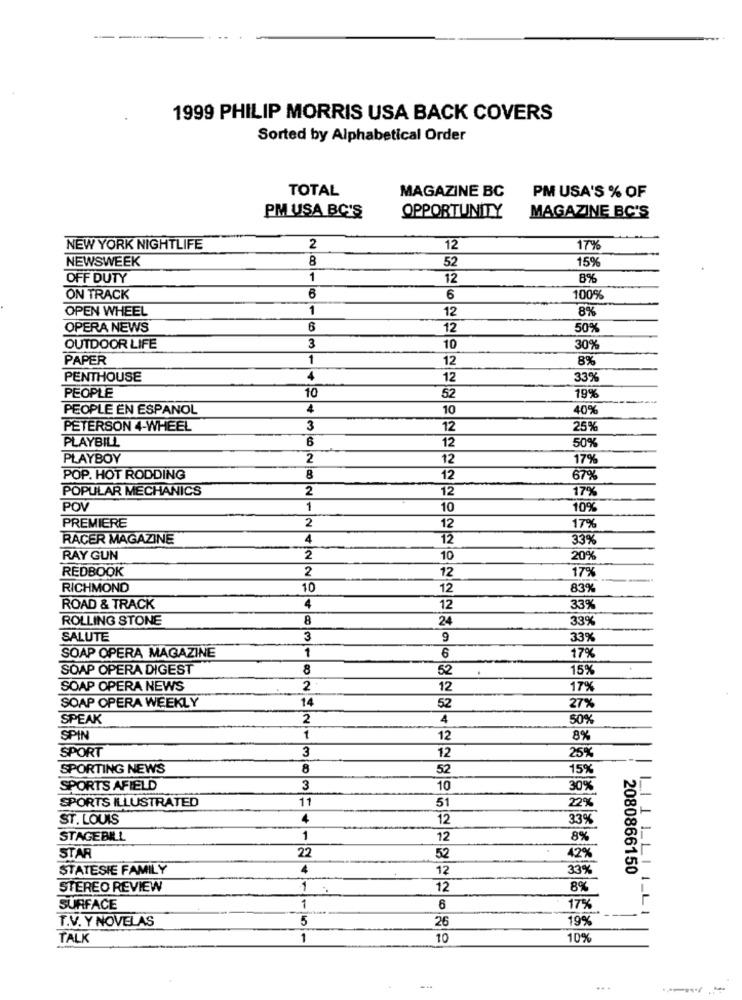
1999 PHILIP MORRIS USA BACK COVERS
Sorted by Alphabetical Order
TOTAL
MAGAZINE BC
PM USA'S % OF
PM USA BC'S
OPPORTUNITY
MAGAZINE BC'S
NEW YORK NIGHTLIFE
2
12
17%
NEWSWEEK
8
52
15%
OFF DUTY
1
12
8%
ON TRACK
6
100%
OPEN WHEEL
1
12
8%
OPERA NEWS
6
12
50%
OUTDOOR LIFE
3
10
30%
PAPER
1
12
8%
PENTHOUSE
4
12
33%
PEOPLE
10
52
19%
PEOPLE EN ESPANOL
4
10
40%
PETERSON 4-WHEEL
3
12
25%
PLAYBILL
50%
12
PLAYBOY
2
12
17%
POP. HOT RODDING
8
12
67%
POPULAR MECHANICS
2
12
17%
POV
1
10
10%
PREMIERE
2
12
17%
RACER MAGAZINE
4
12
33%
RAY GUN
2
10
20%
2
12
17%
REDBOOK
RICHMOND
10
12
83%
ROAD & TRACK
4
12
33%
ROLLING STONE
8
24
33%
SALUTE
3
9
33%
SOAP OPERA MAGAZINE
1
6
17%
SOAP OPERA DIGEST
8
52
15%
SOAP OPERA NEWS
2
12
17%
14
52
SOAP OPERA WEEKLY
27%
SPEAK
2
4
50%
SPIN
1
12
8%
SPORT
3
12
25%
SPORTING NEWS
8
52
15%
SPORTS AFIELD
3
10
30%
11
22%
SPORTS ILLUSTRATED
51
ST. LOUIS
4
12
33%
STAGEBILL
1
12
8%
STAR
22
52
42%
STATESIE FAMILY
4
12
33%
2080866150
STEREO REVIEW
1
12
8%
SURFACE
1
6
17%
T.V. Y NOVELAS
5
26
19%
TALK
1
10
10%
...